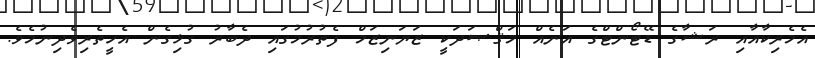
އެމެރިކާއާއި ރަޝާގެ ޑޭޓޯންޓްގެ އަނެއް މަޤްޞަދަކީ ޒަޔަނިޒަމް ފެތުރުމުގައި ދެބާރު ގުޅިގެން އެހީތެރިވެދިނުމެވެ.